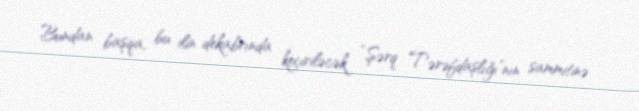
Bundan başqa, bu ilin dekabrında keçiriləcək “Şərq Tərəfdaşlığı”nın sammitinə